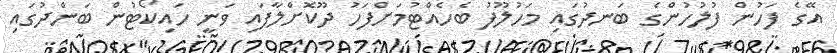
އޭގެ ފަހުން ފުލުހުންގެ ބަނދުގައި މަހުލޫފު ބެހެއްޓުމަށްފަހު ދޫކޮށްލާފައި ވަނީ ހައިކޯޓުން ބަންދުގައި